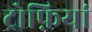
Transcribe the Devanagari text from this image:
ट्रोफ़ियां